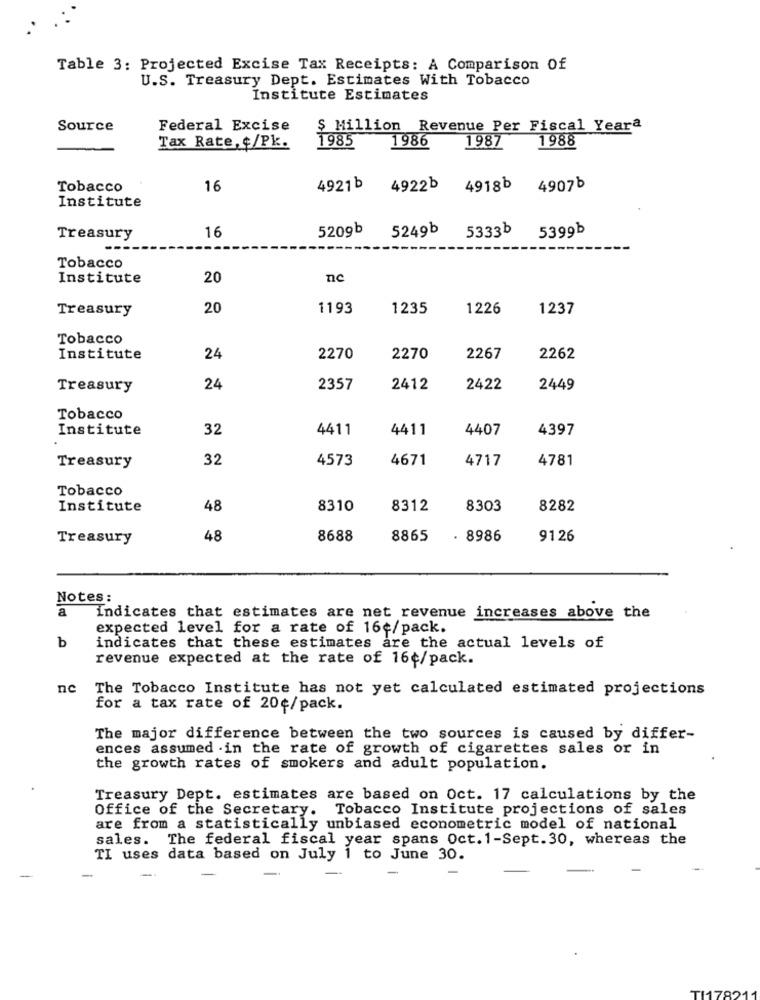
Table 3: Projected Excise Tax Receipts: A Comparison Of
U.S. Treasury Dept. Estimates With Tobacco
Institute Estimates
Source
Federal Excise
$ Million Revenue Per Fiscal Yeara
1986
1987
1988
Tax Rate, ¢/Pk.
1985
Tobacco
16
4921b 4922b
4918b
4907b
Institute
16
5209b
5249b
5333b
5399b
Treasury
Tobacco
Institute
20
nc
Treasury
20
1193
1235
1226
1237
Tobacco
Institute
24
2270
2270
2267
2262
Treasury
24
2357
2412
2422
2449
Tobacco
Institute
32
4411
4411
4407
4397
Treasury
32
4573
4671
4717
4781
Tobacco
Institute
48
8310
8312
8303
8282
Treasury
48
8688
8865
8986
9126
Notes:
a
Indicates that estimates are net revenue increases above the
expected level for a rate of 16¢/pack.
b
indicates that these estimates are the actual levels of
revenue expected at the rate of 16¢/pack.
nc
The Tobacco Institute has not yet calculated estimated projections
for a tax rate of 20¢/pack.
The major difference between the two sources is caused by differ-
ences assumed .in the rate of growth of cigarettes sales or in
the growth rates of smokers and adult population.
Treasury Dept. estimates are based on Oct. 17 calculations by the
Office of the Secretary. Tobacco Institute projections of sales
are from a statistically unbiased econometric model of national
sales. The federal fiscal year spans Oct. 1-Sept.30, whereas the
TI uses data based on July 1 to June 30.